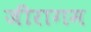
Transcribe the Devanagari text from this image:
जीरागम